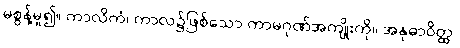
မစွန့်မူ၍။ ကာလိကံ၊ ကာလ၌ဖြစ်သော ကာမဂုဏ်အကျိုးကို။ အနုဓာဝိတ္ထ၊